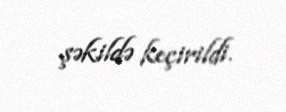
şəkildə keçirildi.